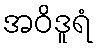
အဝိဒူရံ